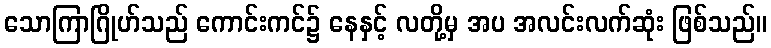
သောကြာဂြိုဟ်သည် ကောင်းကင်၌ နေနှင့် လတို့မှ အပ အလင်းလက်ဆုံး ဖြစ်သည်။